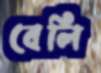
বেলি